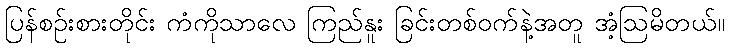
ပြန်စဉ်းစားတိုင်း ကံကိုသာလေ ကြည်နူး ခြင်းတစ်ဝက်နဲ့အတူ အံ့ဩမိတယ်။